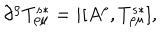
LaTeX: \partial ^ { \rho } T _ { \rho \mu } ^ { s \ast } = i [ A ^ { \rho } , T _ { \rho \mu } ^ { s \ast } ] ,